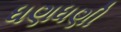
ધણધણી